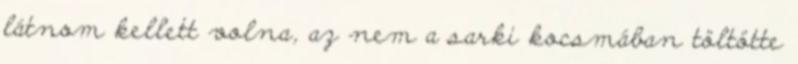
látnom kellett volna, az nem a sarki kocsmában töltötte